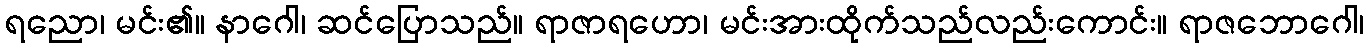
ရညော၊ မင်း၏။ နာဂေါ၊ ဆင်ပြောသည်။ ရာဇာရဟော၊ မင်းအားထိုက်သည်လည်းကောင်း။ ရာဇဘောဂေါ၊